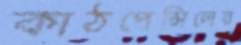
কাঠপেন্সিলের